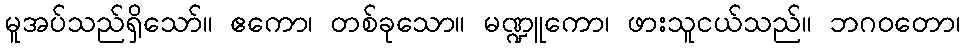
မူအပ်သည်ရှိသော်။ ဧကော၊ တစ်ခုသော။ မဏ္ဍူကော၊ ဖားသူငယ်သည်။ ဘဂဝတော၊